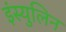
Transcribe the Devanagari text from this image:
इंस्युलिन